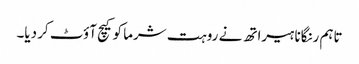
تاہم رنگانا ہیراتھ نے روہت شرما کو کیچ آؤٹ کر دیا۔